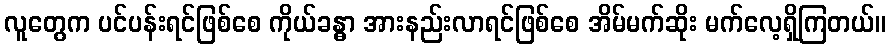
လူတွေက ပင်ပန်းရင်ဖြစ်စေ ကိုယ်ခန္ဓာ အားနည်းလာရင်ဖြစ်စေ အိမ်မက်ဆိုး မက်လေ့ရှိကြတယ်။